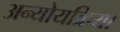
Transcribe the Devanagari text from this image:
अन्योयक्रिया